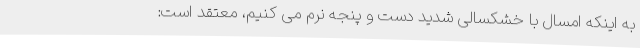
به اینکه امسال با خشکسالی شدید دست و پنجه نرم می کنیم، معتقد است: